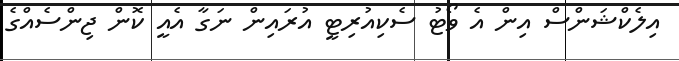
އިލެކްޝަންސް އިން އެ ވޯޓު ސެކިއުރިޓީ އުރައިން ނަގާ އެއީ ކޮން ޖިންސެއްގެ